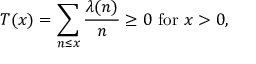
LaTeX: T ( x ) = \sum _ { n \leq x } { \frac { \lambda ( n ) } { n } } \geq 0 { \mathrm { ~ f o r ~ } } x > 0 ,